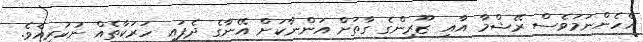
އެހެންނަމަވެސް ރޭޝްމާ އާއި ޒޫރިންގެ ގާތަށް އަންނާކަށް އޭނާގެ ދެފައި ހަރަކާތެއް ނުކުރިއެވެ.